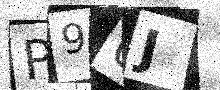
Text: P90J